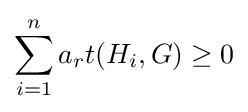
\sum _{i=1}^{n}a_{r}t(H_{i},G)\geq 0